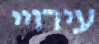
עירויי